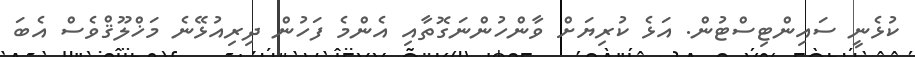
ކުޅެނީ ސައިންޓިސްޓުން. އަޅެ ކުރިޔަށް ވާންހުންނަގޮތާއި އެންމެ ފަހުން ދިރިއުޅޭނެ މަޚްލޫޤްވެސް އެބަ